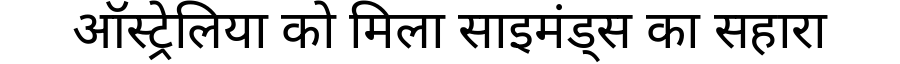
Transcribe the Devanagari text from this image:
ऑस्ट्रेलिया को मिला साइमंड्स का सहारा